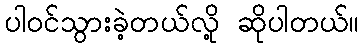
ပါဝင်သွားခဲ့တယ်လို့ ဆိုပါတယ်။